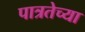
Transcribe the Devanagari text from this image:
पात्रतेच्या